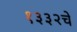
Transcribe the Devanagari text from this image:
१३३२चे